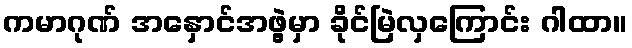
ကမာဂုဏ် အနှောင်အဖွဲ့မှာ ခိုင်မြဲလှကြောင်း ဂါထာ။